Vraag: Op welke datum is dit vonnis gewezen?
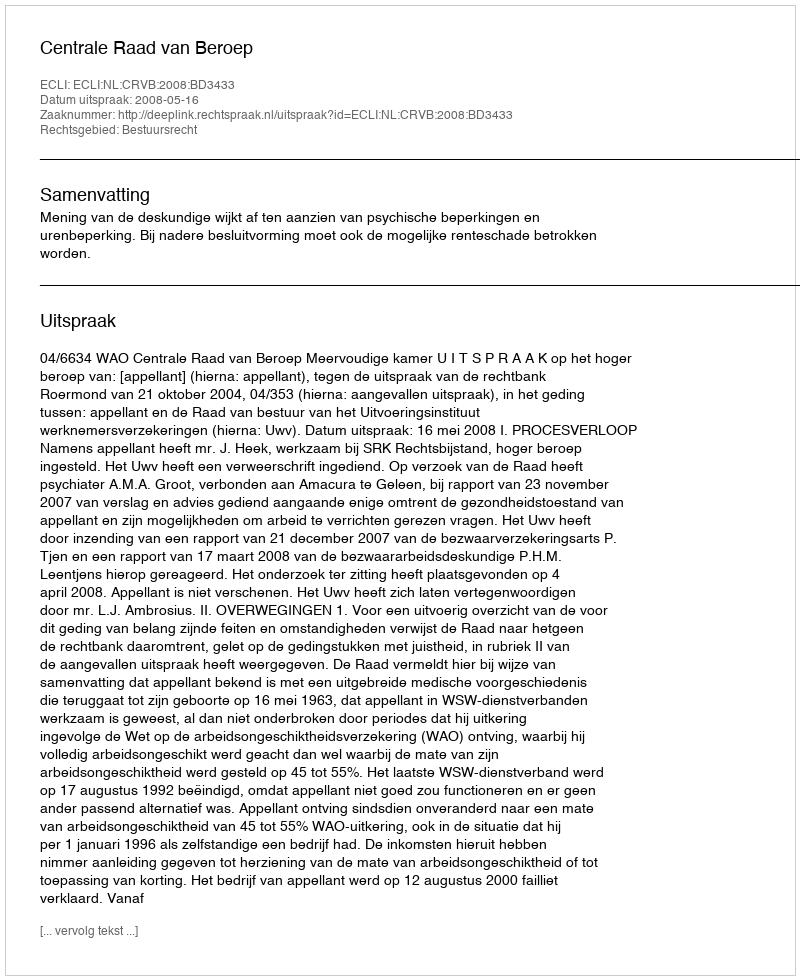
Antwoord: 2008-05-16